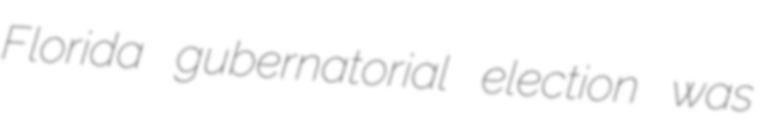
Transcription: Florida gubernatorial election was